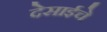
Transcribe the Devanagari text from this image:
देसाईचे